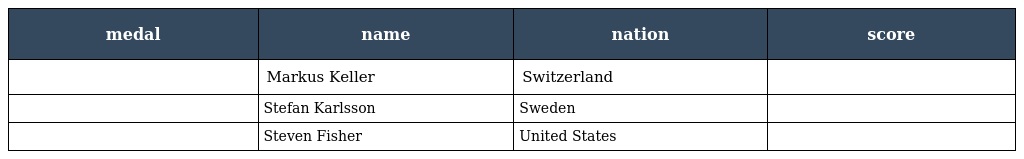
| medal | name | nation | score |
 | --- | --- | --- | --- |
 |  | Markus Keller | Switzerland |  |
 |  | Stefan Karlsson | Sweden |  |
 |  | Steven Fisher | United States |  |